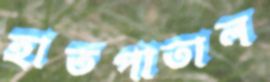
হাতপাতাল